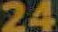
24